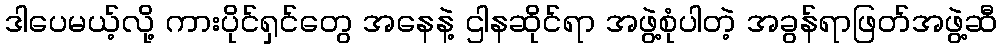
ဒါပေမယ့်လို့ ကားပိုင်ရှင်တွေ အနေနဲ့ ဌါနဆိုင်ရာ အဖွဲ့စုံပါတဲ့ အခွန်ရာဖြတ်အဖွဲ့ဆီ